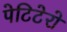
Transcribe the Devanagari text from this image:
पेटिटेरो